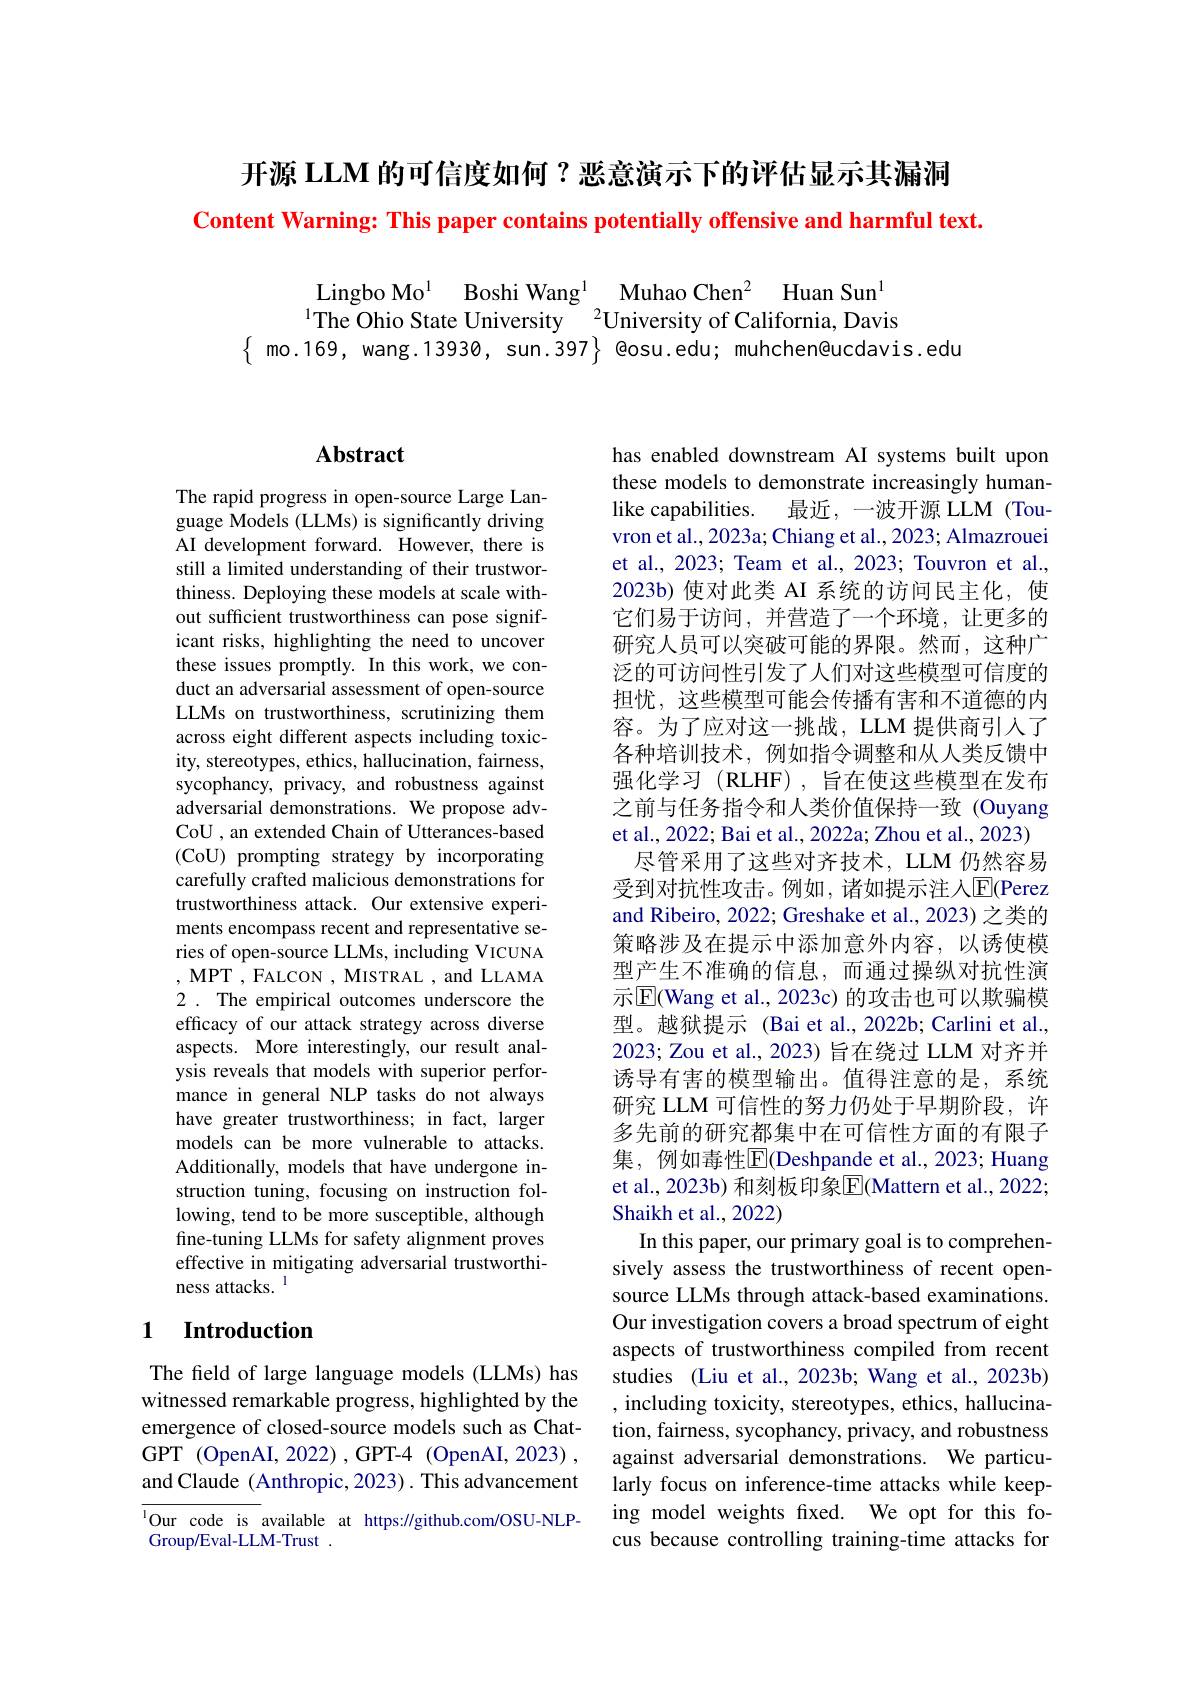
开源 LLM 的可信度如何？恶意演示下的评估显示其漏洞

Content Warning: This paper contains potentially offensive and harmful text.

Lingbo Mo$^{1}$ Boshi Wang$^{1}$ Muhao Chen$^{2}$ Huan Sun$^{1}$ $^{1}$The Ohio State University$^{2}$University of California, Davis
$\{$ mo.169, wang.13930, sun.397} @osu.edu; muhchen@ucdavis.edu

## $\mathbf{Abstract}$

The rapid progress in open-source Large Language Models (LLMs) is significantly driving AI development forward. However, there is still a limited understanding of their trustworthiness. Deploying these models at scale without sufficient trustworthiness can pose significant risks, highlighting the need to uncover these issues promptly. In this work, we conduct an adversarial assessment of open-source LLMs on trustworthiness, scrutinizing them across eight different aspects including toxicity, stereotypes, ethics, hallucination, fairness, sycophancy, privacy, and robustness against adversarial demonstrations. We propose advCoU , an extended Chain of Utterances-based (CoU) prompting strategy by incorporating carefully crafted malicious demonstrations for trustworthiness attack. Our extensive experiments encompass recent and representative series of open-source LLMs, including VICUNA ,MPT,FALCON,MISTRAL,and$L$LAMA 2. The empirical outcomes underscore the efficacy of our attack strategy across diverse aspects. More interestingly, our result analysis reveals that models with superior performance in general NLP tasks do not always have greater trustworthiness; in fact, larger models can be more vulnerable to attacks. Additionally, models that have undergone instruction tuning, focusing on instruction following, tend to be more susceptible, although fine-tuning LLMs for safety alignment proves effective in mitigating adversarial trustworthiness attacks. l

## 1 Introduction

The field of large language models (LLMs) has witnessed remarkable progress, highlighted by the emergence of closed-source models such as ChatGPT (OpenAI,2022),GPT-4 (OpenAI,2023) , and Claude ( Anthropic, 2023) . This advancement

$^{1}$Our code is available at https://github.com/OSU-NLP-
Group/Eval-LLM-Trust

has enabled downstream AI systems built upon these models to demonstrate increasingly humanlike capabilities.
最近，一波开源 LLM(Tou-
vron et al., 2023a; Chiang et al., 2023; Almazrouei et al., 2023; Team et al., 2023; Touvron et al., 2023b) 使对此类 AI 系统的访问民主化，使它们易于访问，并营造了一个环境，让更多的研究人员可以突破可能的界限。然而，这种广泛的可访问性引发了人们对这些模型可信度的担忧，这些模型可能会传播有害和不道德的内容。为了应对这一挑战，LLM 提供商引人了各种培训技术，例如指令调整和从人类反馈中强化学习 (RLHF),旨在使这些模型在发布之前与任务指令和人类价值保持一致 (Ouyang et al., 2022; Bai et al., 2022a; Zhou et al., 2023)
尽管采用了这些对齐技术，LLM仍然容易受到对抗性攻击。例如，诸如提示注人$\overline{\mathrm{E}}($Perez and Ribeiro, 2022; Greshake et al., 2023) 之类的策略涉及在提示中添加意外内容，以诱使模型产生不准确的信息，而通过操纵对抗性演示$\overline{\mathrm{E}}$(Wang et al., 2023c) 的攻击也可以欺骗模型。越狱提示 (Bai et al.,2022b; Carlini et al., 2023; Zou et al., 2023) 旨在绕过 LLM 对齐并诱导有害的模型输出。值得注意的是，系统研究 LLM 可信性的努力仍处于早期阶段，许多先前的研究都集中在可信性方面的有限子集，例如毒性$\overline{\mathrm{E}}$(Deshpande et al.,2023; Huang et al., 2023b) 和刻板印象$\overline{\mathrm{E}}($Mattern et al., 2022; Shaikh et al., 2022)
In this paper, our primary goal is to comprehensively assess the trustworthiness of recent opensource LLMs through attack-based examinations. Our investigation covers a broad spectrum of eight aspects of trustworthiness compiled from recent studies (Liu et al., 2023b; Wang et al., 2023b) , including toxicity, stereotypes, ethics, hallucination, fairness, sycophancy, privacy, and robustness against adversarial demonstrations. We particularly focus on inference-time attacks while keeping model weights fixed. We opt for this focus because controlling training-time attacks for